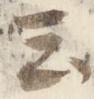
云